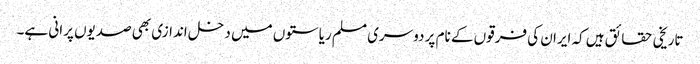
تاریخی حقائق ہیں کہ ایران کی فرقوں کے نام پر دوسری مسلم ریاستوں میں دخل اندازی بھی صدیوں پرانی ہے۔